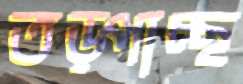
তড়্‌পাচ্ছ